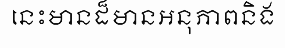
នេះមានដ៏មានអនុភាពនិង